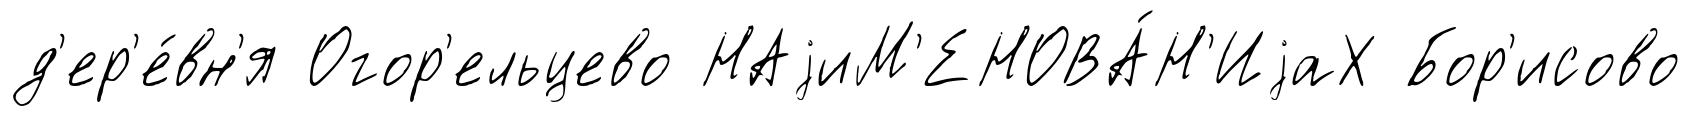
д'ер'е́вн'я Огор'ельцево НАjиМ'ЕНОВА́Н'ИjаХ Бор'исово